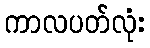
ကာလပတ်လုံး